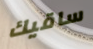
ساقيك